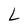
Character: L